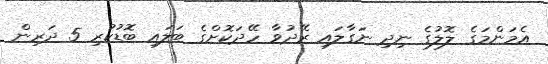
އެމަންމަގެ ލޮލުގެ ނިދި ނަގާލައި ރޭދުވާ ހޭދަކޮށްގެ ބަލައި ބޮޑުކުރި 5 ދަރިން